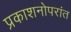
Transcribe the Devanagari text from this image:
प्रकाशनोपरांत